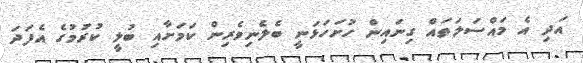
އަދި އެ މައްސަލަތައް ގިނައިން ހުށަހަޅަނީ ބެލެނިވެރިން ކަމަށާއި ބުލީ ކުރުމުގެ އެފަދަ